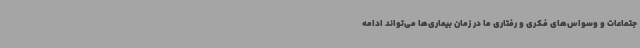
جتماعات و وسواس‌های فکری و رفتاری ما در زمان بیماری‌ها می‌تواند ادامه